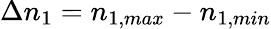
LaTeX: \Delta n_{1}=n_{1,max}-n_{1,min}